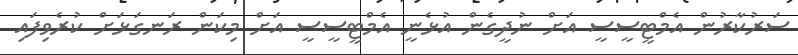
ސަރުކާރުން އެމްޓީސީސީ އަށް ނުދީގެން އުޅެނީ އެމްޓީސީސީ އަށް މިކަން ރަނގަޅަށް ކުރެވިފައި